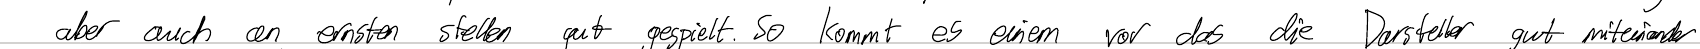
aber auch an ernsten stellen gut gespielt. So kommt es einem vor das die Darsteller gut miteinander